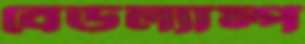
বেডল্যাম্প